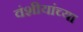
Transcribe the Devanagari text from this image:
वंशीयांच्या